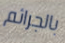
بالجرائم